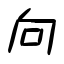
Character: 向